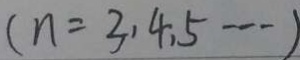
( n = 3 , 4 , 5 \cdots )